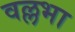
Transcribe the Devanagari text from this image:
वल्लभा